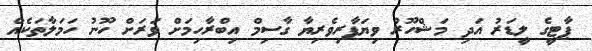
ޕާޓީގެ ލީޑަރު އަދި މަޝްހޫރު ވިޔަފާރިވެރިޔާ ގާސިމް އިބްރާހިމަށް ވަރަށް ހޫނު ހަމަލާތަކެއް